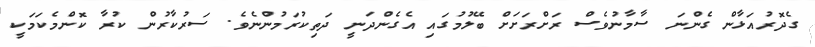
ގެދޮރުއަޅާން ގެންނަ ސާމާނުވެސް ރަށްރަށަށް ބޭލުމުގައި އެގެންދަނީ ދަތިކުރަމުންނެވެ. ސަރުކާރުން ކުރާ ކޮންމެކަމަކީ